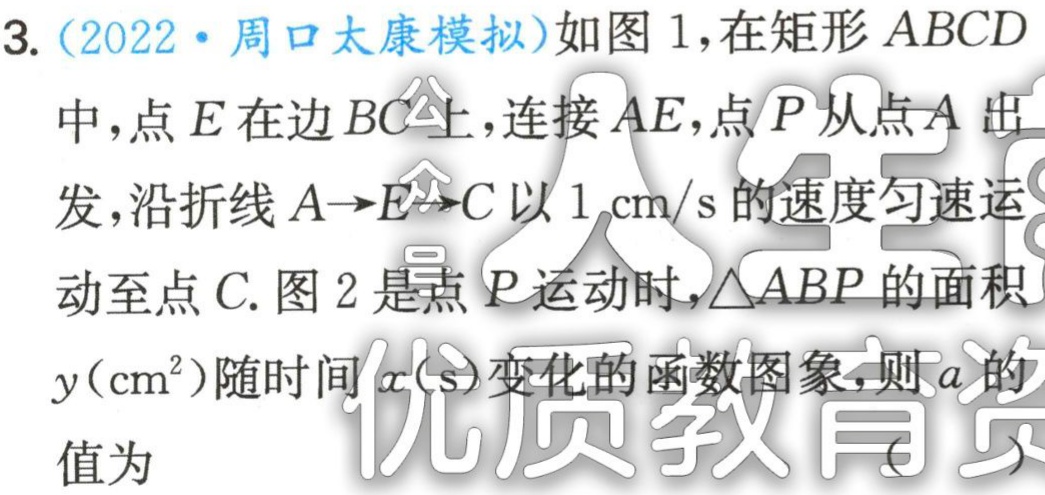
3.（2022·周口太康模拟）如图1，在矩形 \(ABCD\) 中，点 \(E\) 在边 \(BC\)上，连接 \(AE\)，点 \(P\) 从点 \(A\) 出发，沿折线 \(A\rightarrow E\rightarrow C\) 以 \(1\mathrm{cm}/\mathrm{s}\) 的速度匀速运动至点 \(C\). 图2 是点 \(P\) 运动时，\(\triangle ABP\) 的面积 \(y(\mathrm{cm}^2)\) 随时间 \(x(\mathrm{s})\) 变化的函数图象，则 \(a\) 的值为（  ）